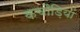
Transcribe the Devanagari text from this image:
कचौड़ियां